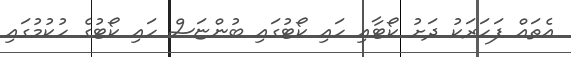
އެތައް ފަހަރަކު ދަށު ކޯޓާއި ހައި ކޯޓުގައި ބުންޏަސް ހައި ކޯޓުގެ ހުކުމުގައި